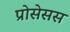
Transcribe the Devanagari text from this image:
प्रोसेसस